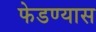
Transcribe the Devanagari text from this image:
फेडण्यास